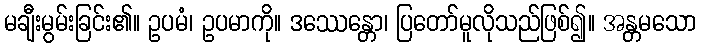
မချီးမွမ်းခြင်း၏။ ဥပမံ၊ ဥပမာကို။ ဒဿေန္တော၊ ပြတော်မူလိုသည်ဖြစ်၍။ အန္တမသော